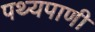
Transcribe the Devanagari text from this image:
पथ्यपाणी